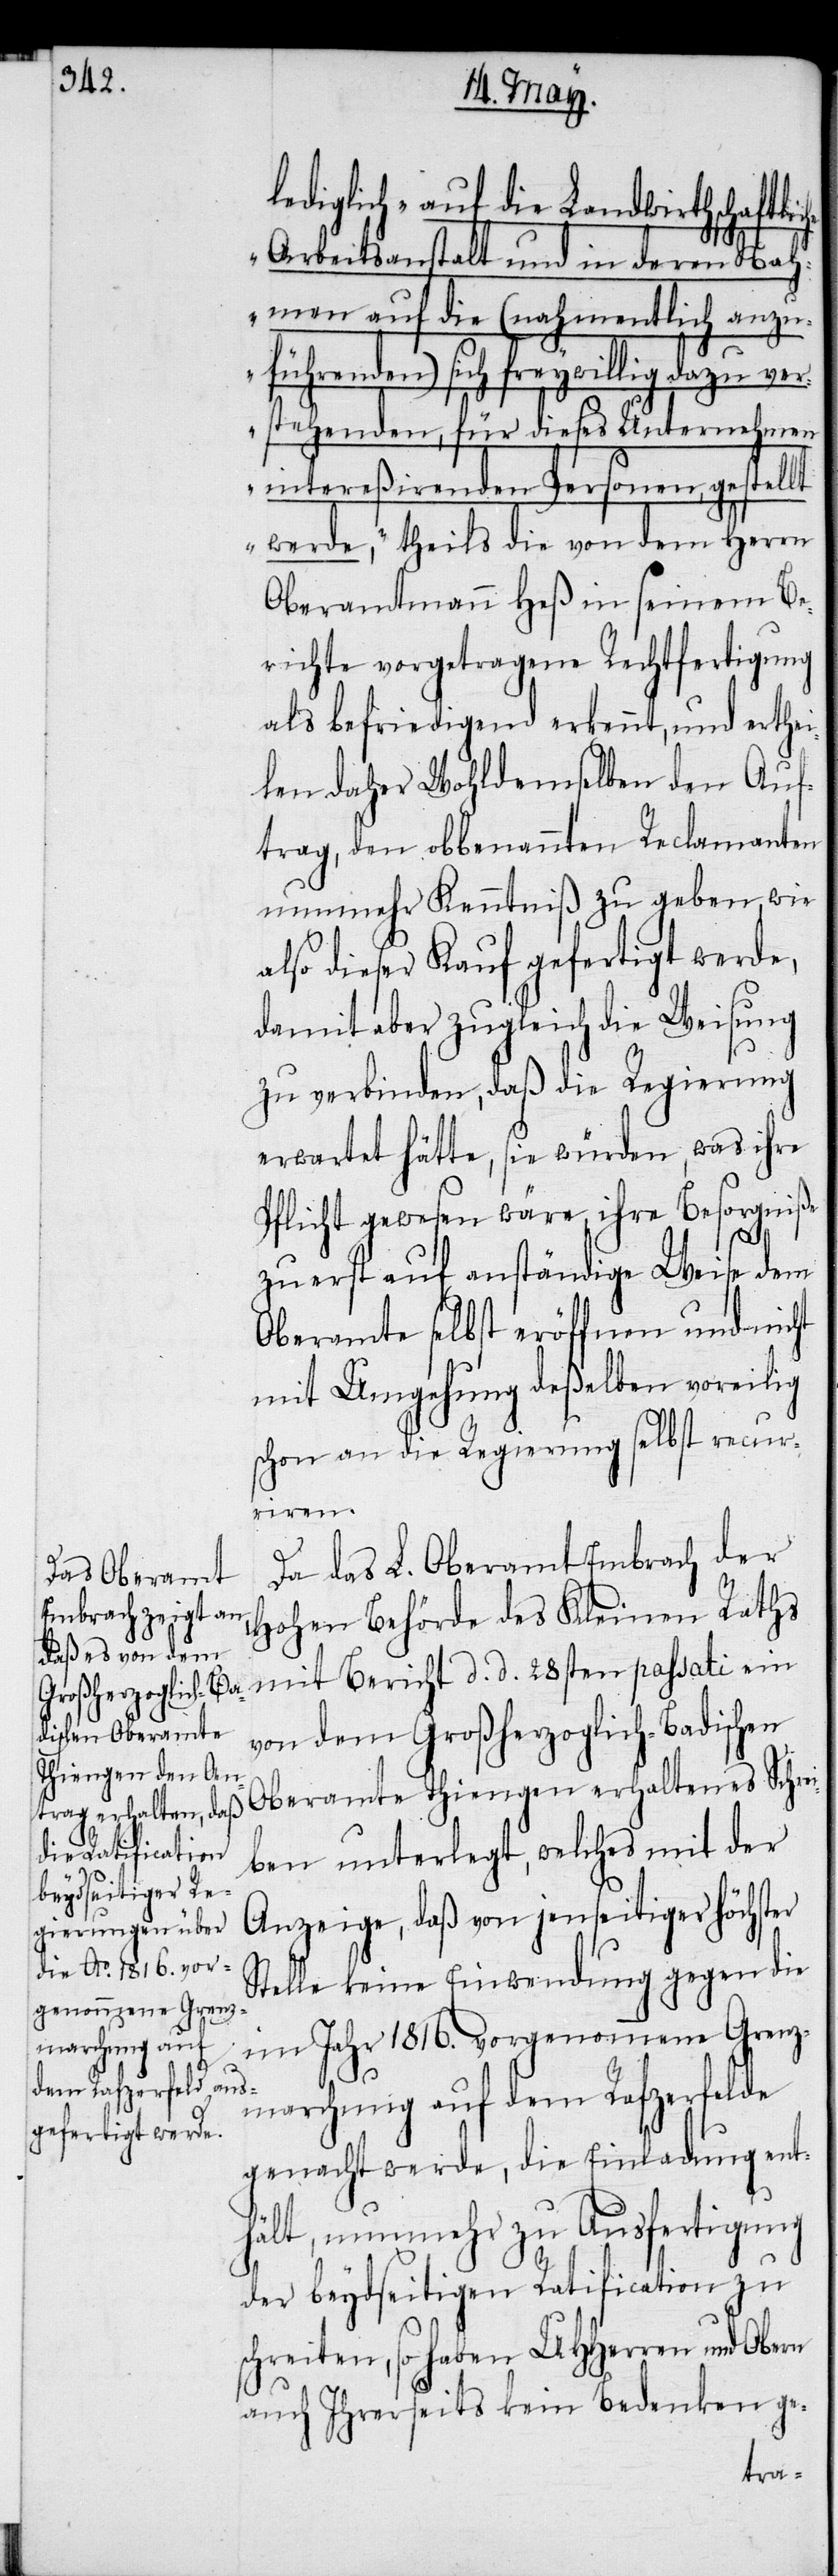
lediglich „auf die Landwirthschaftli¬
che Arbeitsanstalt und in deren Nah¬
men auf die (nahmentlich anzu¬
führenden) sich freywillig dazu ver¬
stehenden, für dieses Unternehmen
intereßirenden Personen, gestellt
werde,“ theils die von dem Herrn
Oberamtmann Heß in seinem Be¬
richte vorgetragene Rechtfertigung
als befriedigend erkennt, und erthei¬
len daher Wohldemselben den Auf¬
trag, den obbenannten Reclamanten
nunmehr Kenntniß zu geben, wie
also dieser Kauf gefertigt werde,
damit aber zugleich die Weisung
zu verbinden, daß die Regierung
erwartet hätte, sie würden, was ihre
Pflicht gewesen wäre, ihre Besorgniße
zuerst auf anständige Weise dem
Oberamte selbst eröffnen und nicht
schon an die Regierung selbst recur¬
iren.
Da das L. Oberamt Embrach der
Hohen Behörde des Kleinen Raths
mit Bericht d. d. 28sten passati ein
von dem Großherzoglich-Badischen
Oberamte Thiengen erhaltenes Schrei¬
ben unterlegt, welches mit der
Anzeige, daß von jenseitiger höchster
Stelle keine Einwendung gegen die
im Jahr 1816. vorgenommene Grenz¬
marchung auf dem Rafzerfelde
gemacht werde, die Einladung ent¬
hält, nunmehr zu Ausfertigung
der beydseitigen Ratification zu
schreiten, so haben UHHerren und Obern
auch Ihrerseits kein Bedenken ge-